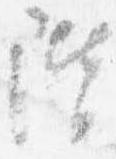
階